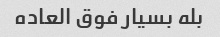
بله بسیار فوق العاده